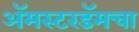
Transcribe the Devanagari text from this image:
अॅमस्टरडॅमचा